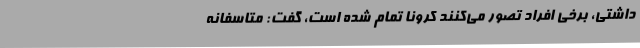
داشتی، برخی افراد تصور می‌کنند کرونا تمام شده است، گفت: متاسفانه